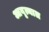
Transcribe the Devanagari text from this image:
आवृत्यात